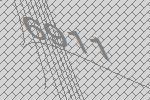
6911